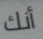
أنك